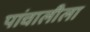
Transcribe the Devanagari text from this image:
पांचालीला